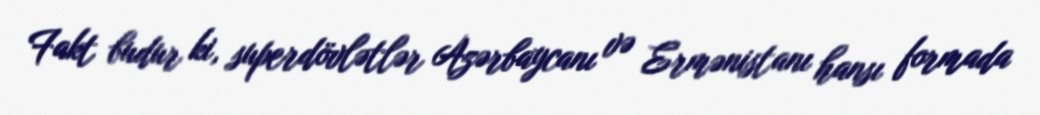
Fakt budur ki, superdövlətlər Azərbaycanı və Ermənistanı hansı formada